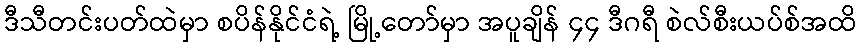
ဒီသီတင်းပတ်ထဲမှာ စပိန်နိုင်ငံရဲ့ မြို့တော်မှာ အပူချိန် ၄၄ ဒီဂရီ စဲလ်စီးယပ်စ်အထိ